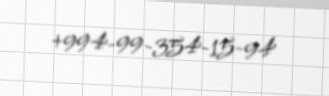
+994-99-354-15-94